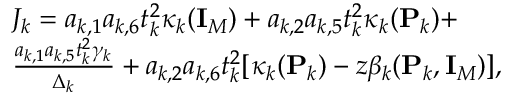
\begin{array} { r l } & { J _ { k } = a _ { k , 1 } a _ { k , 6 } t _ { k } ^ { 2 } \kappa _ { k } ( { \mathbf { I } } _ { M } ) + a _ { k , 2 } a _ { k , 5 } t _ { k } ^ { 2 } \kappa _ { k } ( { \mathbf { P } } _ { k } ) + } \\ & { \frac { a _ { k , 1 } a _ { k , 5 } t _ { k } ^ { 2 } \gamma _ { k } } { \Delta _ { k } } + a _ { k , 2 } a _ { k , 6 } t _ { k } ^ { 2 } [ \kappa _ { k } ( { \mathbf { P } } _ { k } ) - z \beta _ { k } ( { \mathbf { P } } _ { k } , { \mathbf { I } } _ { M } ) ] , } \end{array}